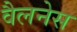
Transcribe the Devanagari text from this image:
वैलनेस